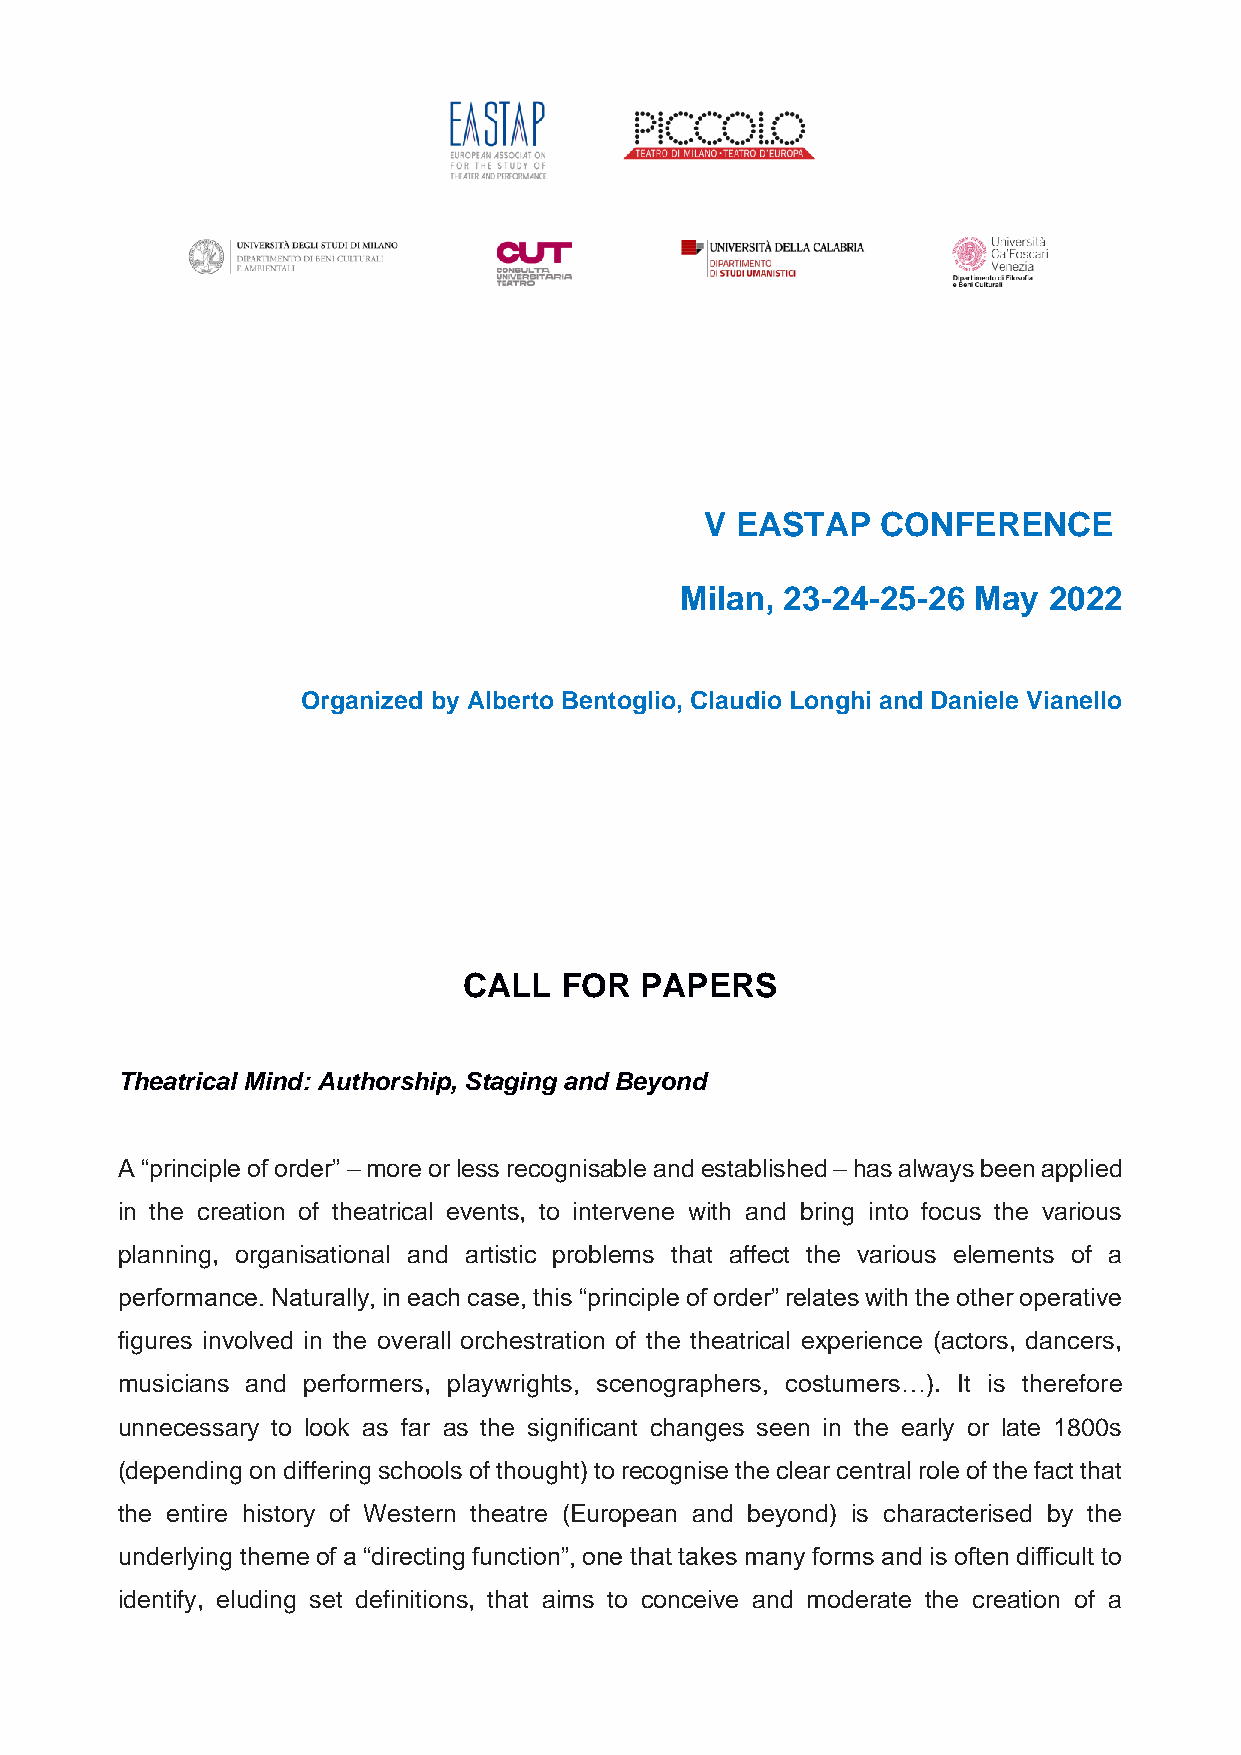
V EASTAP   CONFERENCE
 Milan, 23-24-25-26 May  2022
 Organized by Alberto Bentoglio, Claudio Longhi and Daniele Vianello
 CALL  FOR  PAPERS
 Theatrical Mind: Authorship, Staging and Beyond
 A “principle of order” – more or less recognisable and established – has always been applied
 in the creation of theatrical events, to intervene with and bring into focus the various
 planning, organisational and artistic problems that affect the various elements of a
 performance. Naturally, in each case, this “principle of order” relates with the other operative
 figures involved in the overall orchestration of the theatrical experience (actors, dancers,
 musicians and performers, playwrights, scenographers, costumers…). It is therefore
 unnecessary to look as far as the significant changes seen in the early or late 1800s
 (depending on differing schools of thought) to recognise the clear central role of the fact that
 the entire history of Western theatre (European and beyond) is characterised by the
 underlying theme of a “directing function”, one that takes many forms and is often difficult to
 identify, eluding set definitions, that aims to conceive and moderate the creation of a